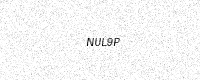
Text: NUL9P